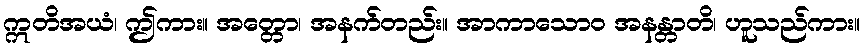
ဣတိအယံ၊ ဤကား။ အတ္တော၊ အနက်တည်း။ အာကာသောဝ အနန္တာတိ၊ ဟူသည်ကား။